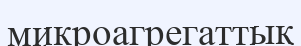
микроагрегаттық